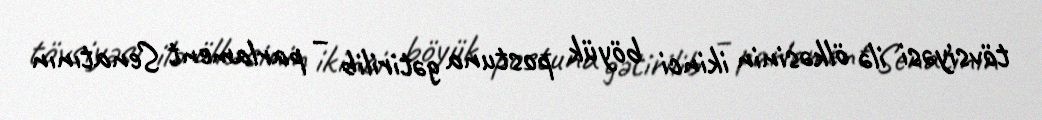
tövsiyəsi ilə ölkəsinin ikinci böyük postuna gətirilib – parlament Senatının